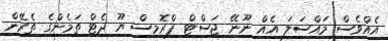
އެއްވެސް މައްސަލަ އެއް ނޫނޭ ޖަސްޓް ޕްރޮމިސް ޔޫ ދެޓް ތަމެންގެ ތެރޭން